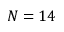
N = 1 4